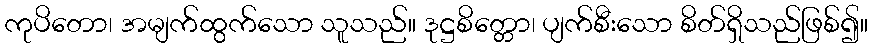
ကုပိတော၊ အမျက်ထွက်သော သူသည်။ ဒုဋ္ဌစိတ္တော၊ ပျက်စီးသော စိတ်ရှိသည်ဖြစ်၍။